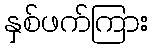
နှစ်ဖက်ကြား